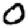
Digit: 0